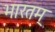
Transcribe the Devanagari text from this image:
भारतम्‌